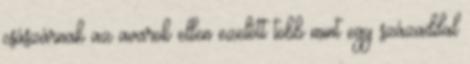
császárnak az avarok ellen ezelőtt több mint egy századdal